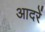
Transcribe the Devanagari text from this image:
आदरें